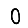
Digit: 0